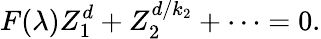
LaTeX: F(\lambda)Z_{1}^{d}+Z_{2}^{d/{k_{2}}}+\cdots=0.